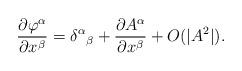
LaTeX: \begin{align*}\dfrac{\partial \varphi^\alpha}{\partial x^\beta}=\delta^\alpha{}_\beta+ \dfrac{\partial A^\alpha}{\partial x^\beta} +O(|A^2|).\end{align*}